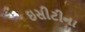
ઇસીટીના